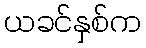
ယခင်နှစ်က